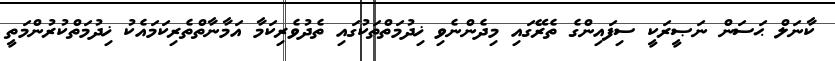
ކާނަލް ޙަސަން ނަޞީރަަކީ ސިފައިންގެ ތެރޭގައި މިދެންނެވި ޚިދުމަތްތަކުގައި ތެދުވެރިކަމާ އަމާނާތްތެރިކަމައެކު ޚިދުމަތްކުރުންމަތީ